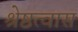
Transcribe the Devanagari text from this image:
श्रेष्ठत्वास